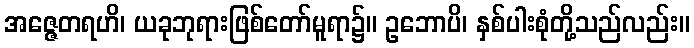
အဇ္ဇေတရဟိ၊ ယခုဘုရားဖြစ်တော်မူရာ၌။ ဥဘောပိ၊ နှစ်ပါးစုံတို့သည်လည်း။